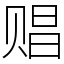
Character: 䞎